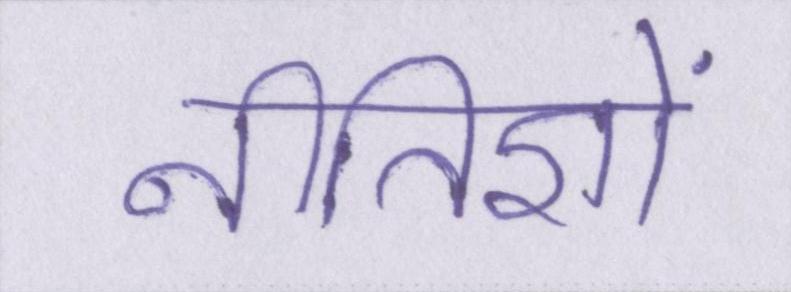
नीतिज्ञों